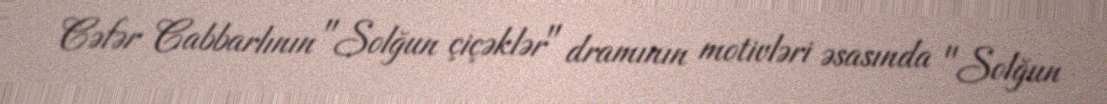
Cəfər Cabbarlının "Solğun çiçəklər" dramının motivləri əsasında "Solğun